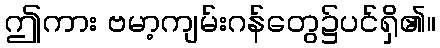
ဤကား ဗမာ့ကျမ်းဂန်တွေ၌ပင်ရှိ၏။